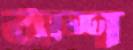
ঠাশ